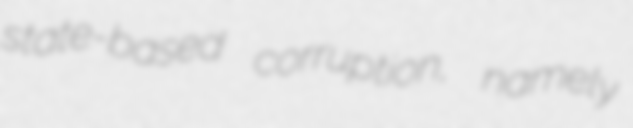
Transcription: state-based corruption, namely